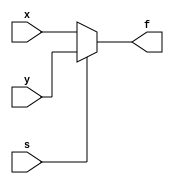
`timescale 1ns / 1ps
//////////////////////////////////////////////////////////////////////////////////
// Company: 
// Engineer: 
// 
// Design Name: 
// Module Name: mux2to1_8bit
// Project Name: 
// Target Devices: 
// Tool Versions: 
// Description: 
// 
// Dependencies: 
// 
// Revision:
// Revision 0.01 - File Created
// Additional Comments:
// 
//////////////////////////////////////////////////////////////////////////////////


module mux2to1_8bit(
    input [7:0] x, y,
    input s,
    output reg [7:0] f
    );
    
    always @(x,y,s)
    begin   
        if(s)
        begin
            f = y;
        end
        else
        begin
            f = x;
        end
    end
       
endmodule